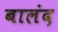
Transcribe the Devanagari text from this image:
बालंद